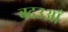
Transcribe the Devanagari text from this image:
बदउआँ